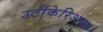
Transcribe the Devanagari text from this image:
उर्टीकेरिअल